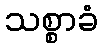
သစ္စာခံ